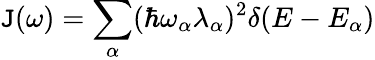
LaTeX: \mathtt{J}(\omega)=\sum_{\alpha}(\hbar\omega_{\alpha}\lambda_{\alpha})^{2}\delta(E-E_{\alpha})